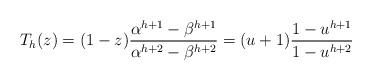
LaTeX: \begin{align*} T_h(z) = (1-z)\frac{\alpha^{h+1}-\beta^{h+1}}{\alpha^{h+2}-\beta^{h+2}} =(u+1)\frac{1-u^{h+1}}{1-u^{h+2}} \end{align*}